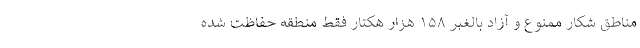
مناطق شکار ممنوع و آزاد بالغبر ۱۵۸ هزار هکتار فقط منطقه حفاظت شده